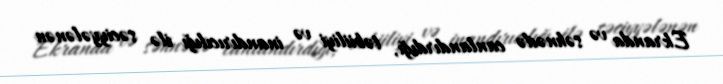
Ekranda və səhnədə canlandırdığı, təbiiliyi və inandırıcılığı ilə səciyyələnən